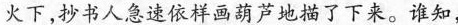
火下，抄书人急速依样画葫芦地描了下来。谁知，